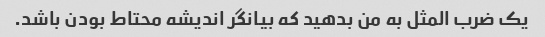
یک ضرب المثل به من بدهید که بیانگر اندیشه محتاط بودن باشد.